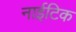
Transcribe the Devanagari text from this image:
नाईटिक